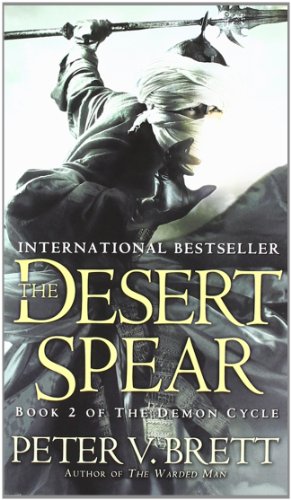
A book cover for The Desert Spear: Book Two of The Demon Cycle; Peter V. Brett; Literature & Fiction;